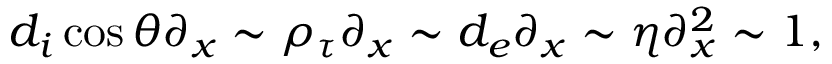
d _ { i } \cos \theta \partial _ { x } \sim \rho _ { \tau } \partial _ { x } \sim d _ { e } \partial _ { x } \sim \eta \partial _ { x } ^ { 2 } \sim 1 ,